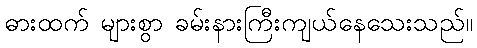
ဓားထက် များစွာ ခမ်းနားကြီးကျယ်နေသေးသည်။